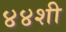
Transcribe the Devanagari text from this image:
४४शी